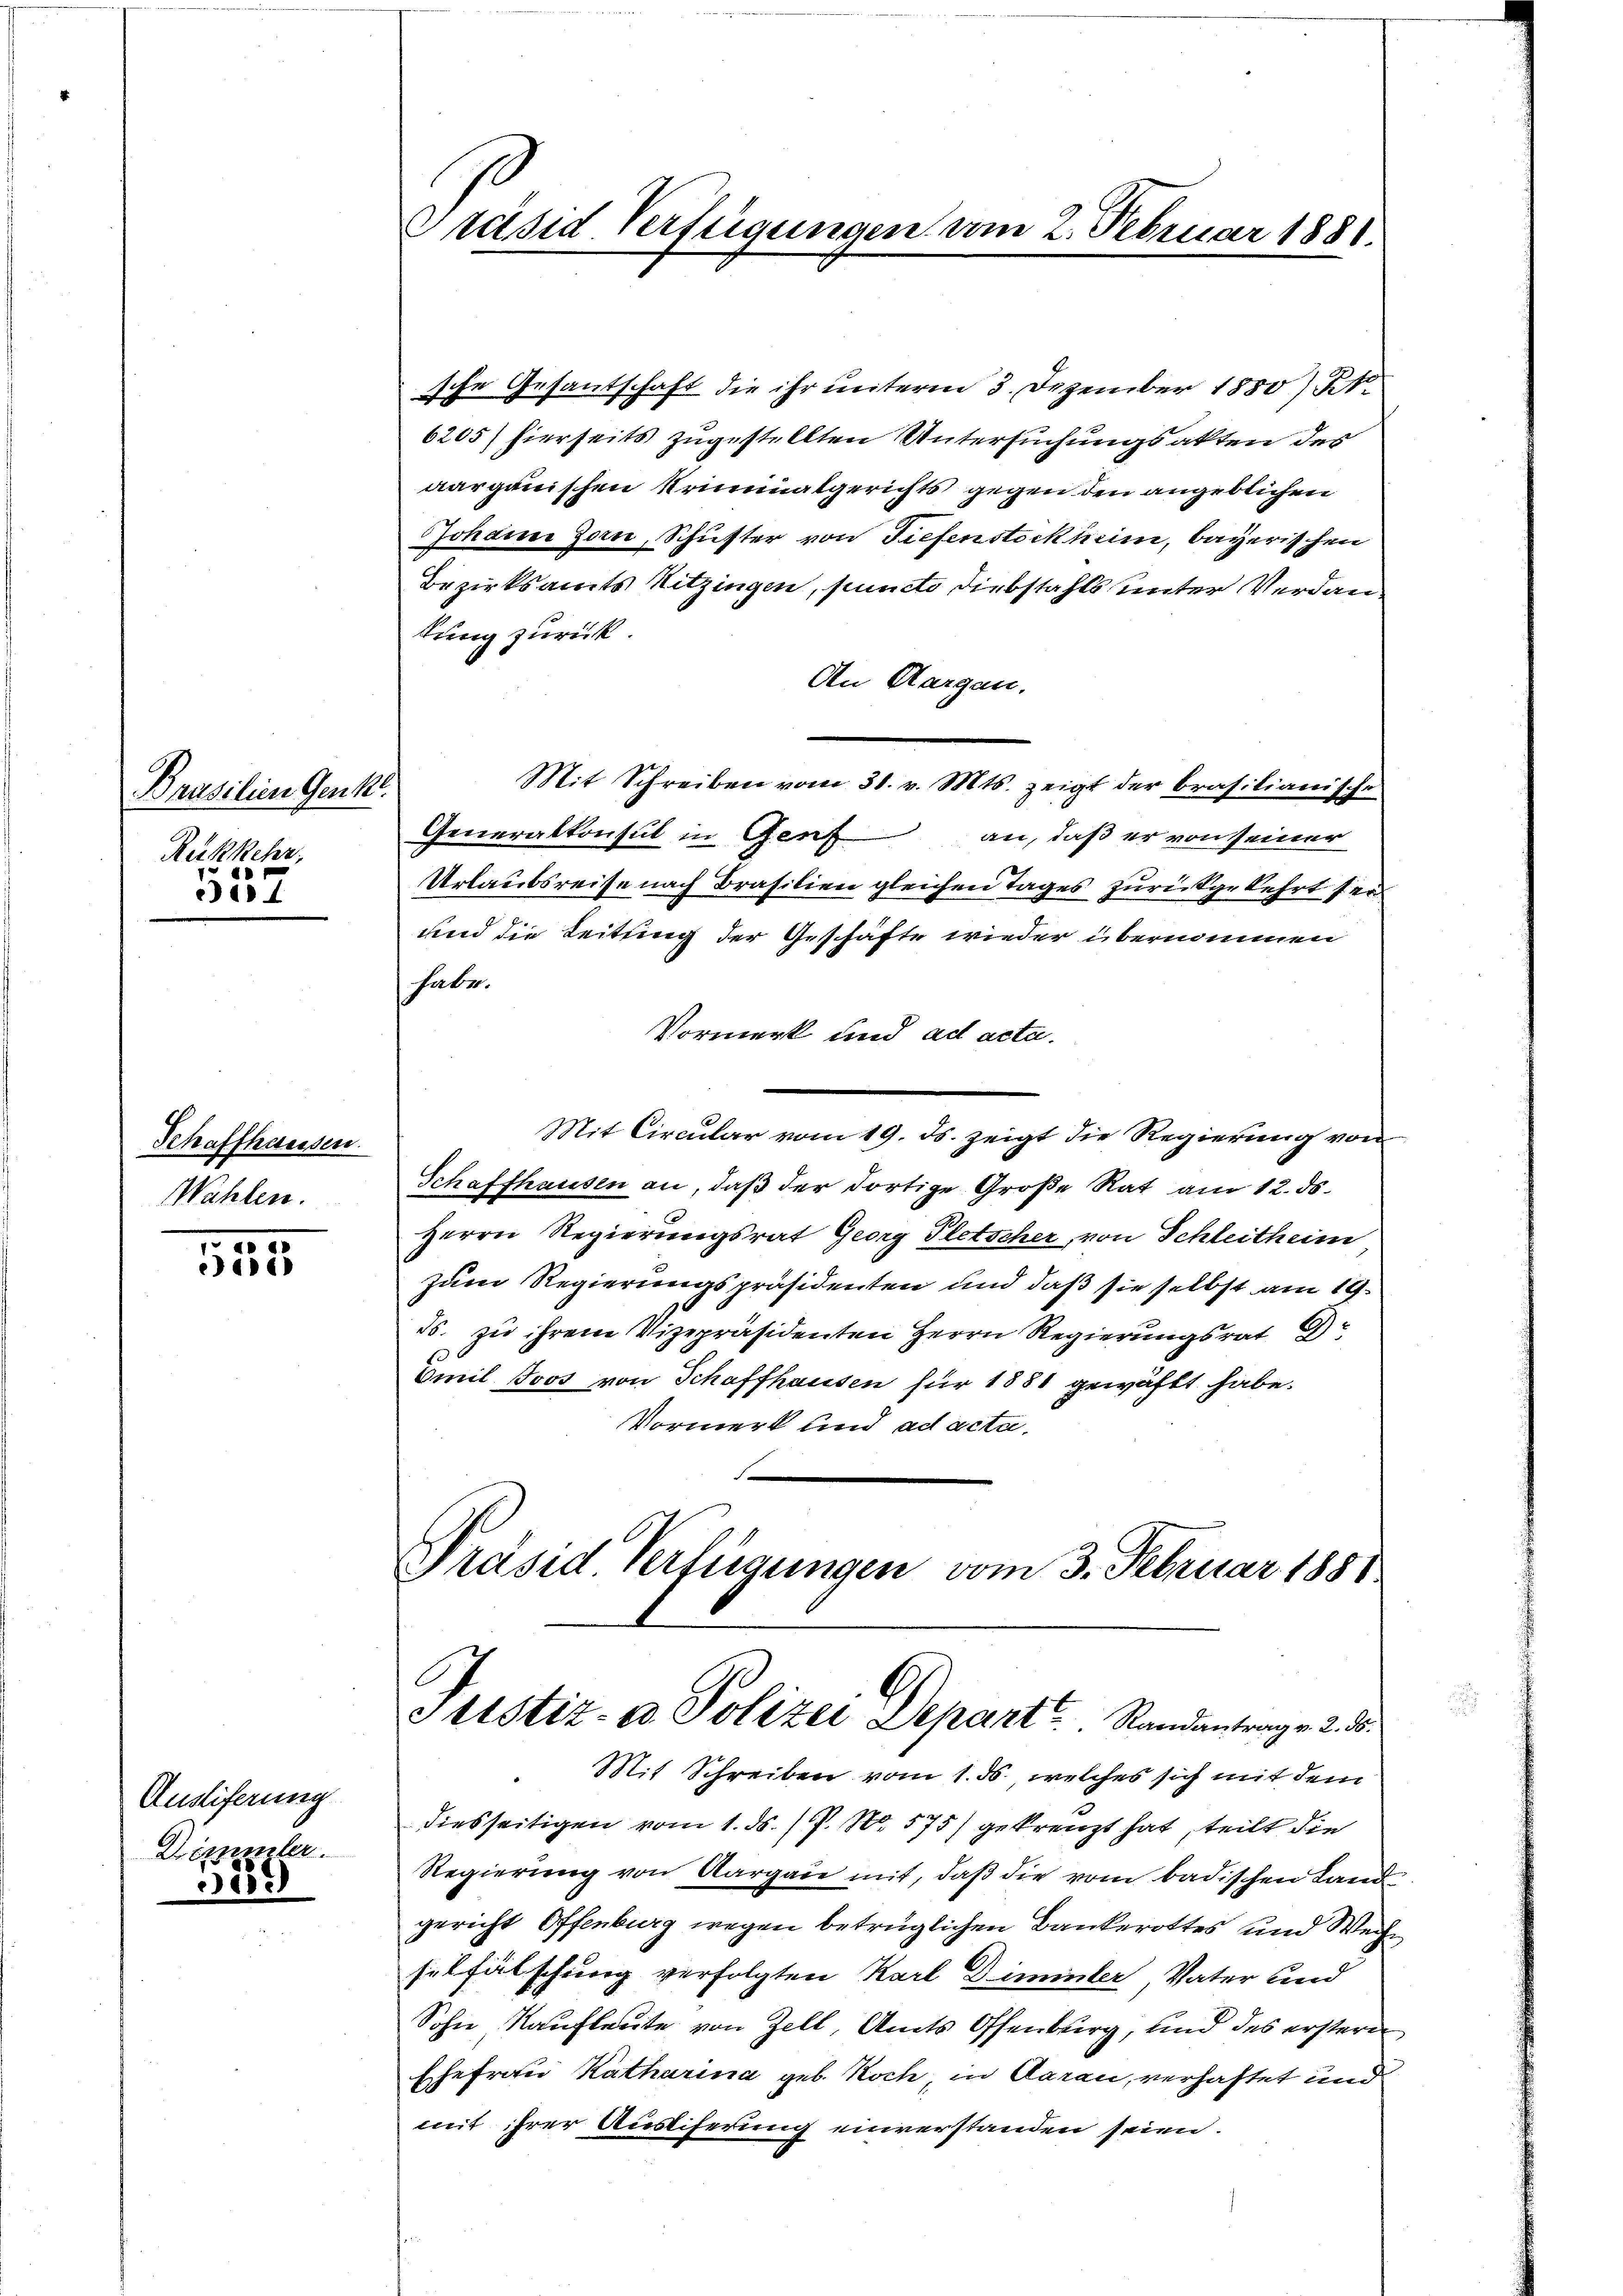
Prasilien Genk
Rükkehr,
1

ea 4

513

Ausliferung
Demmler.

259

Schaffhausen.
Wahlen.

Präsid Verfügungen vom 2. Februar 1881.

sche Gesantschaft die ihr unterm 3. Dezember 1880) St.
6205) hierseits zugestellten Untersuchungsakten des
aarganischen Kriminalgerichts gegen den angeblichen
Johann Zorn, Schuster von Tiefenstockheim, bayerischen
Bezirksamts Nitzingen, puncto Diebstahls unter Verdankung zurück.
An Aargau.
Mit Schreiben vom 31. v. Mts. zeigt der brasilianische
Generalkonsul in Genf an, daß er von seiner
Urlaubsreise nach Brasilien gleichen Tages zur Spekehrt sei
und die Leitung der Geschäfte wieder übernommen
habe.
Vormerk und ad acta.
Mit Circular vom 19. ds. zeigt die Regierung von
Schaffhausen an, daß der dortige Große Rat am 12. ds.
Herrn Regierungsrat Georg Pletscher, von Schleitheim
zum Regierungspräsidenten und daß sie selbst am 19.
55. zu ihrem Vizepräsidenten Herrn Regierungsrat
Omil Joos von Schaffhausen für 1881 gewählt habe.
Vormerk und ad acta,
e
Präsid Verfügungen vom 3. Februar 1881

1

ettstiz- & Polizei Depart Randantrage 2.

Mit Schreiben vom 1. ds. welches sich mit dem
diesseitigen vom 1. ds. f. No. 575) gekreuzt hat, teilt die
Regierung von Aargau mit, daß die vom badischen Land
gericht Offenburg wegen betrüglichen Bankerottes und Weihe
selfälschung verfolgten Karl Diminter, Vater und
Sohn Kaufleute von Zell, Amts Offenburg, und des erstern
Ehefrau Katharina geb. Koch in Garan, verhaftet und
mit ihrer Ausliferung einverstanden seien.